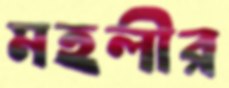
মহলীর